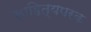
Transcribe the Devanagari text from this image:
साहित्यपरक